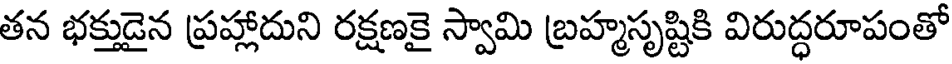
తన భక్తుడైన ప్రహ్లాదుని రక్షణకై స్వామి బ్రహ్మసృష్టికి విరుద్ధరూపంతో